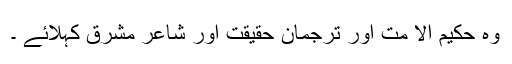
وہ حكیم الا مت اور ترجمانِ حقیقت اور شاعرِ مشرق كہلائے ۔